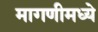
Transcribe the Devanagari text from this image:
मागणीमध्ये